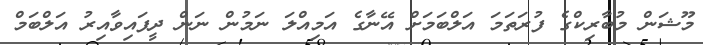
މޫޝަން މުބާރިކްގެ ފުރަތަމަ އަލްބަމަށް އޭނާގެ އަމިއްލަ ނަމުން ނަން ދީފައިވާއިރު އަލްބަމް